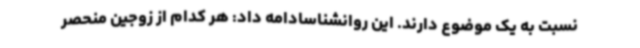
نسبت به یک موضوع دارند. این روانشناسادامه داد: هر کدام از زوجین منحصر